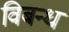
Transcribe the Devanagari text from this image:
विबन्ध